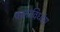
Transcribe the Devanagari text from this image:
कलाविध्वंस